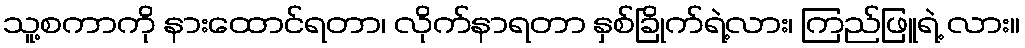
သူ့စကာကို နားထောင်ရတာ၊ လိုက်နာရတာ နှစ်ခြိုက်ရဲ့လား၊ ကြည်ဖြူရဲ့ လား။